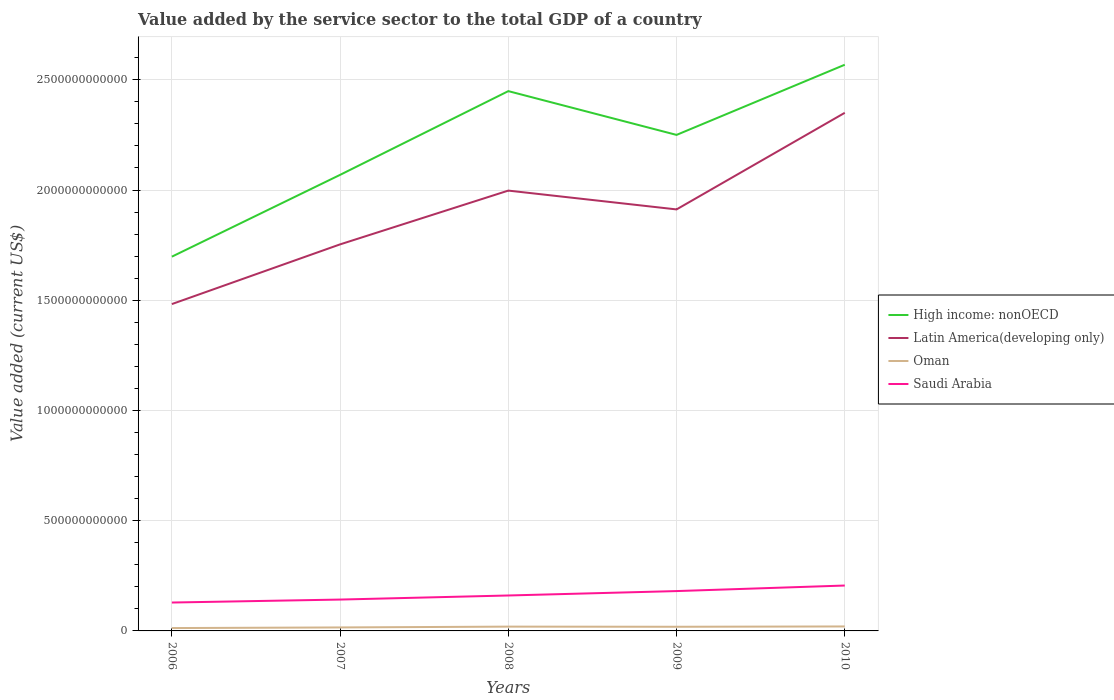
| Years | High income: nonOECD | Latin America(developing only) | Oman | Saudi Arabia |
 | --- | --- | --- | --- | --- |
 | 2006 | 1.7e+12 | 1.48e+12 | 1.3e+10 | 1.29e+11 |
 | 2007 | 2.07e+12 | 1.75e+12 | 1.58e+10 | 1.42e+11 |
 | 2008 | 2.45e+12 | 2e+12 | 1.95e+10 | 1.61e+11 |
 | 2009 | 2.25e+12 | 1.91e+12 | 1.88e+10 | 1.81e+11 |
 | 2010 | 2.57e+12 | 2.35e+12 | 2.02e+10 | 2.06e+11 |